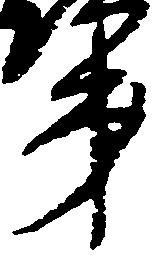
第